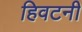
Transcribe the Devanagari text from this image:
हिवटनी